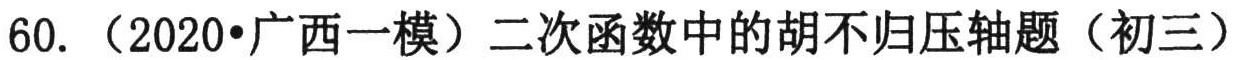
60. （2020•广西一模）二次函数中的胡不归压轴题（初三）